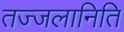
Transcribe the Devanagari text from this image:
तज्जलानिति